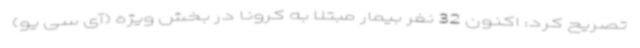
تصریح کرد: اکنون 32 نفر بیمار مبتلا به کرونا در بخش ویژه (آی سی یو)